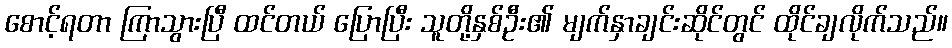
စောင့်ရတာ ကြာသွားပြီ ထင်တယ် ပြောပြီး သူတို့နှစ်ဦး၏ မျက်နှာချင်းဆိုင်တွင် ထိုင်ချလိုက်သည်။